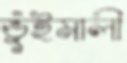
ভুঁইমালী